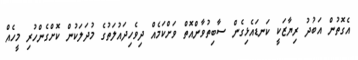
އެގޮތުން އަބުދު ރިޔާޒަކީ ކަނޑައެޅިގެން ސާބިތުވާންއޮތް ވަށްކަމެއް ދިވެހިދައުލަތުގެ މުދަލަކުން ކޮށްގެންހުރި މީހެއް